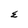
Character: E